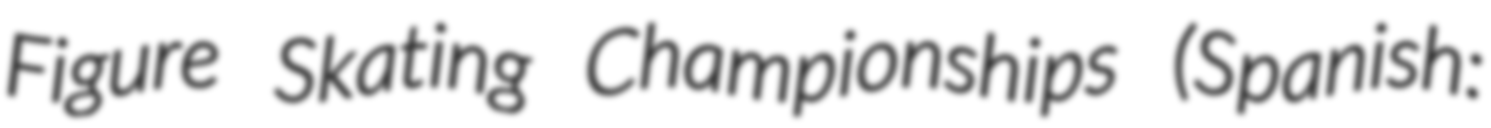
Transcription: Figure Skating Championships (Spanish: